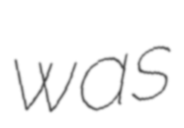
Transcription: was